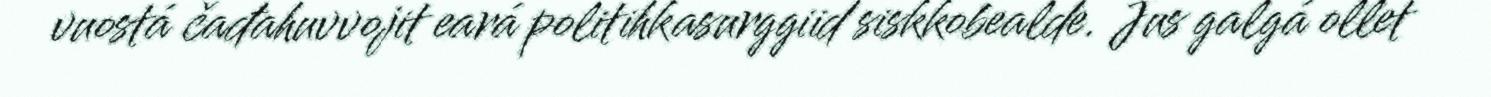
vuostá čađahuvvojit eará politihkasurggiid siskkobealde. Jus galgá ollet